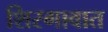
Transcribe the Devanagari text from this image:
शिरगावात